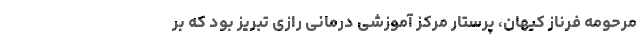
مرحومه فرناز کیهان، پرستار مرکز آموزشی درمانی رازی تبریز بود که بر